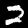
Digit: 2